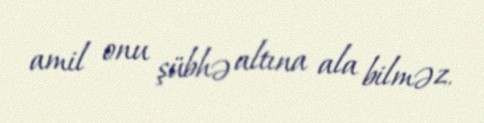
amil onu şübhə altına ala bilməz.